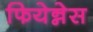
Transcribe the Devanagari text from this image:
फियेन्नेस